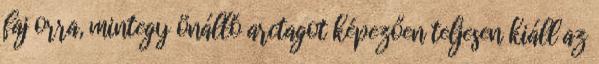
faj orra, mintegy önálló arctagot képezően teljesen kiáll az